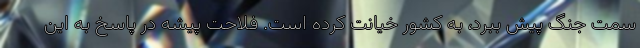
سمت جنگ پیش ببرد، به کشور خیانت کرده است. فلاحت پیشه در پاسخ به این